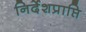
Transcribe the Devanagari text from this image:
निर्देशप्राप्ति